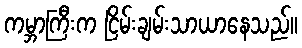
ကမ္ဘာကြီးက ငြိမ်းချမ်းသာယာနေသည်။